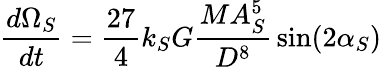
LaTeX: {\frac{d\Omega_{S}}{dt}}={\frac{27}{4}}k_{S}G{\frac{MA_{S}^{5}}{D^{8}}}\sin(2\alpha_{S})